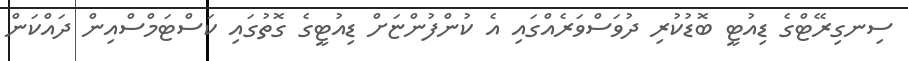
ސިނގިރޭޓްގެ ޑިއުޓީ ބޮޑުކުރި ދުވަސްވަރެއްގައި އެ ކުންފުންޏަށް ޑިއުޓީގެ ގޮތުގައި ކަސްޓަމްސްއިން ދައްކަން